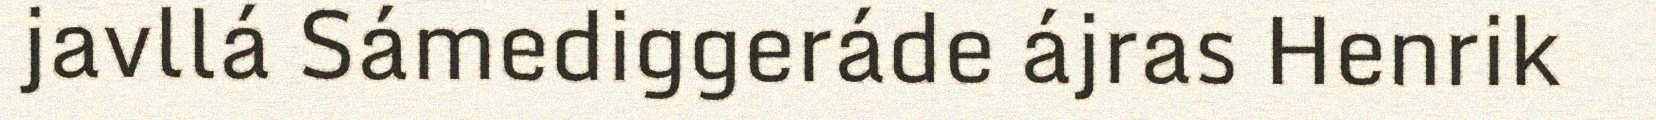
javllá Sámediggeráde ájras Henrik